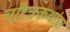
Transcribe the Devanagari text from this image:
चरित्रकथांचा